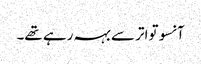
آنسو تواتر سے بہہ رہے تھے۔